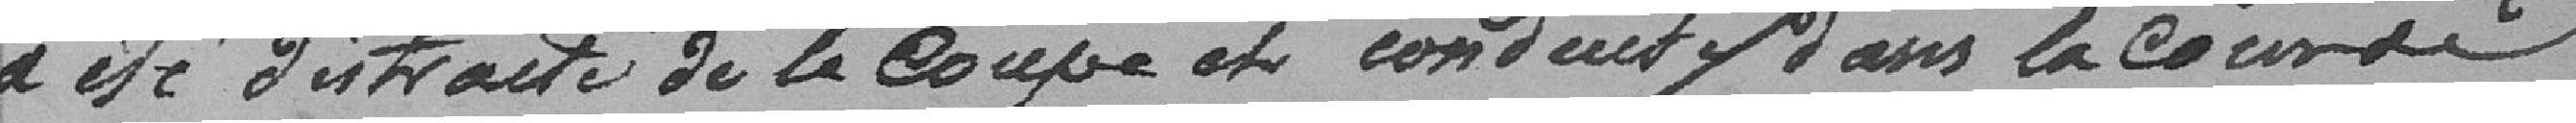
a été distraite de la coupe et conduite dans la cour de